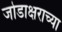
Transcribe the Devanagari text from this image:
जोडाक्षराच्या